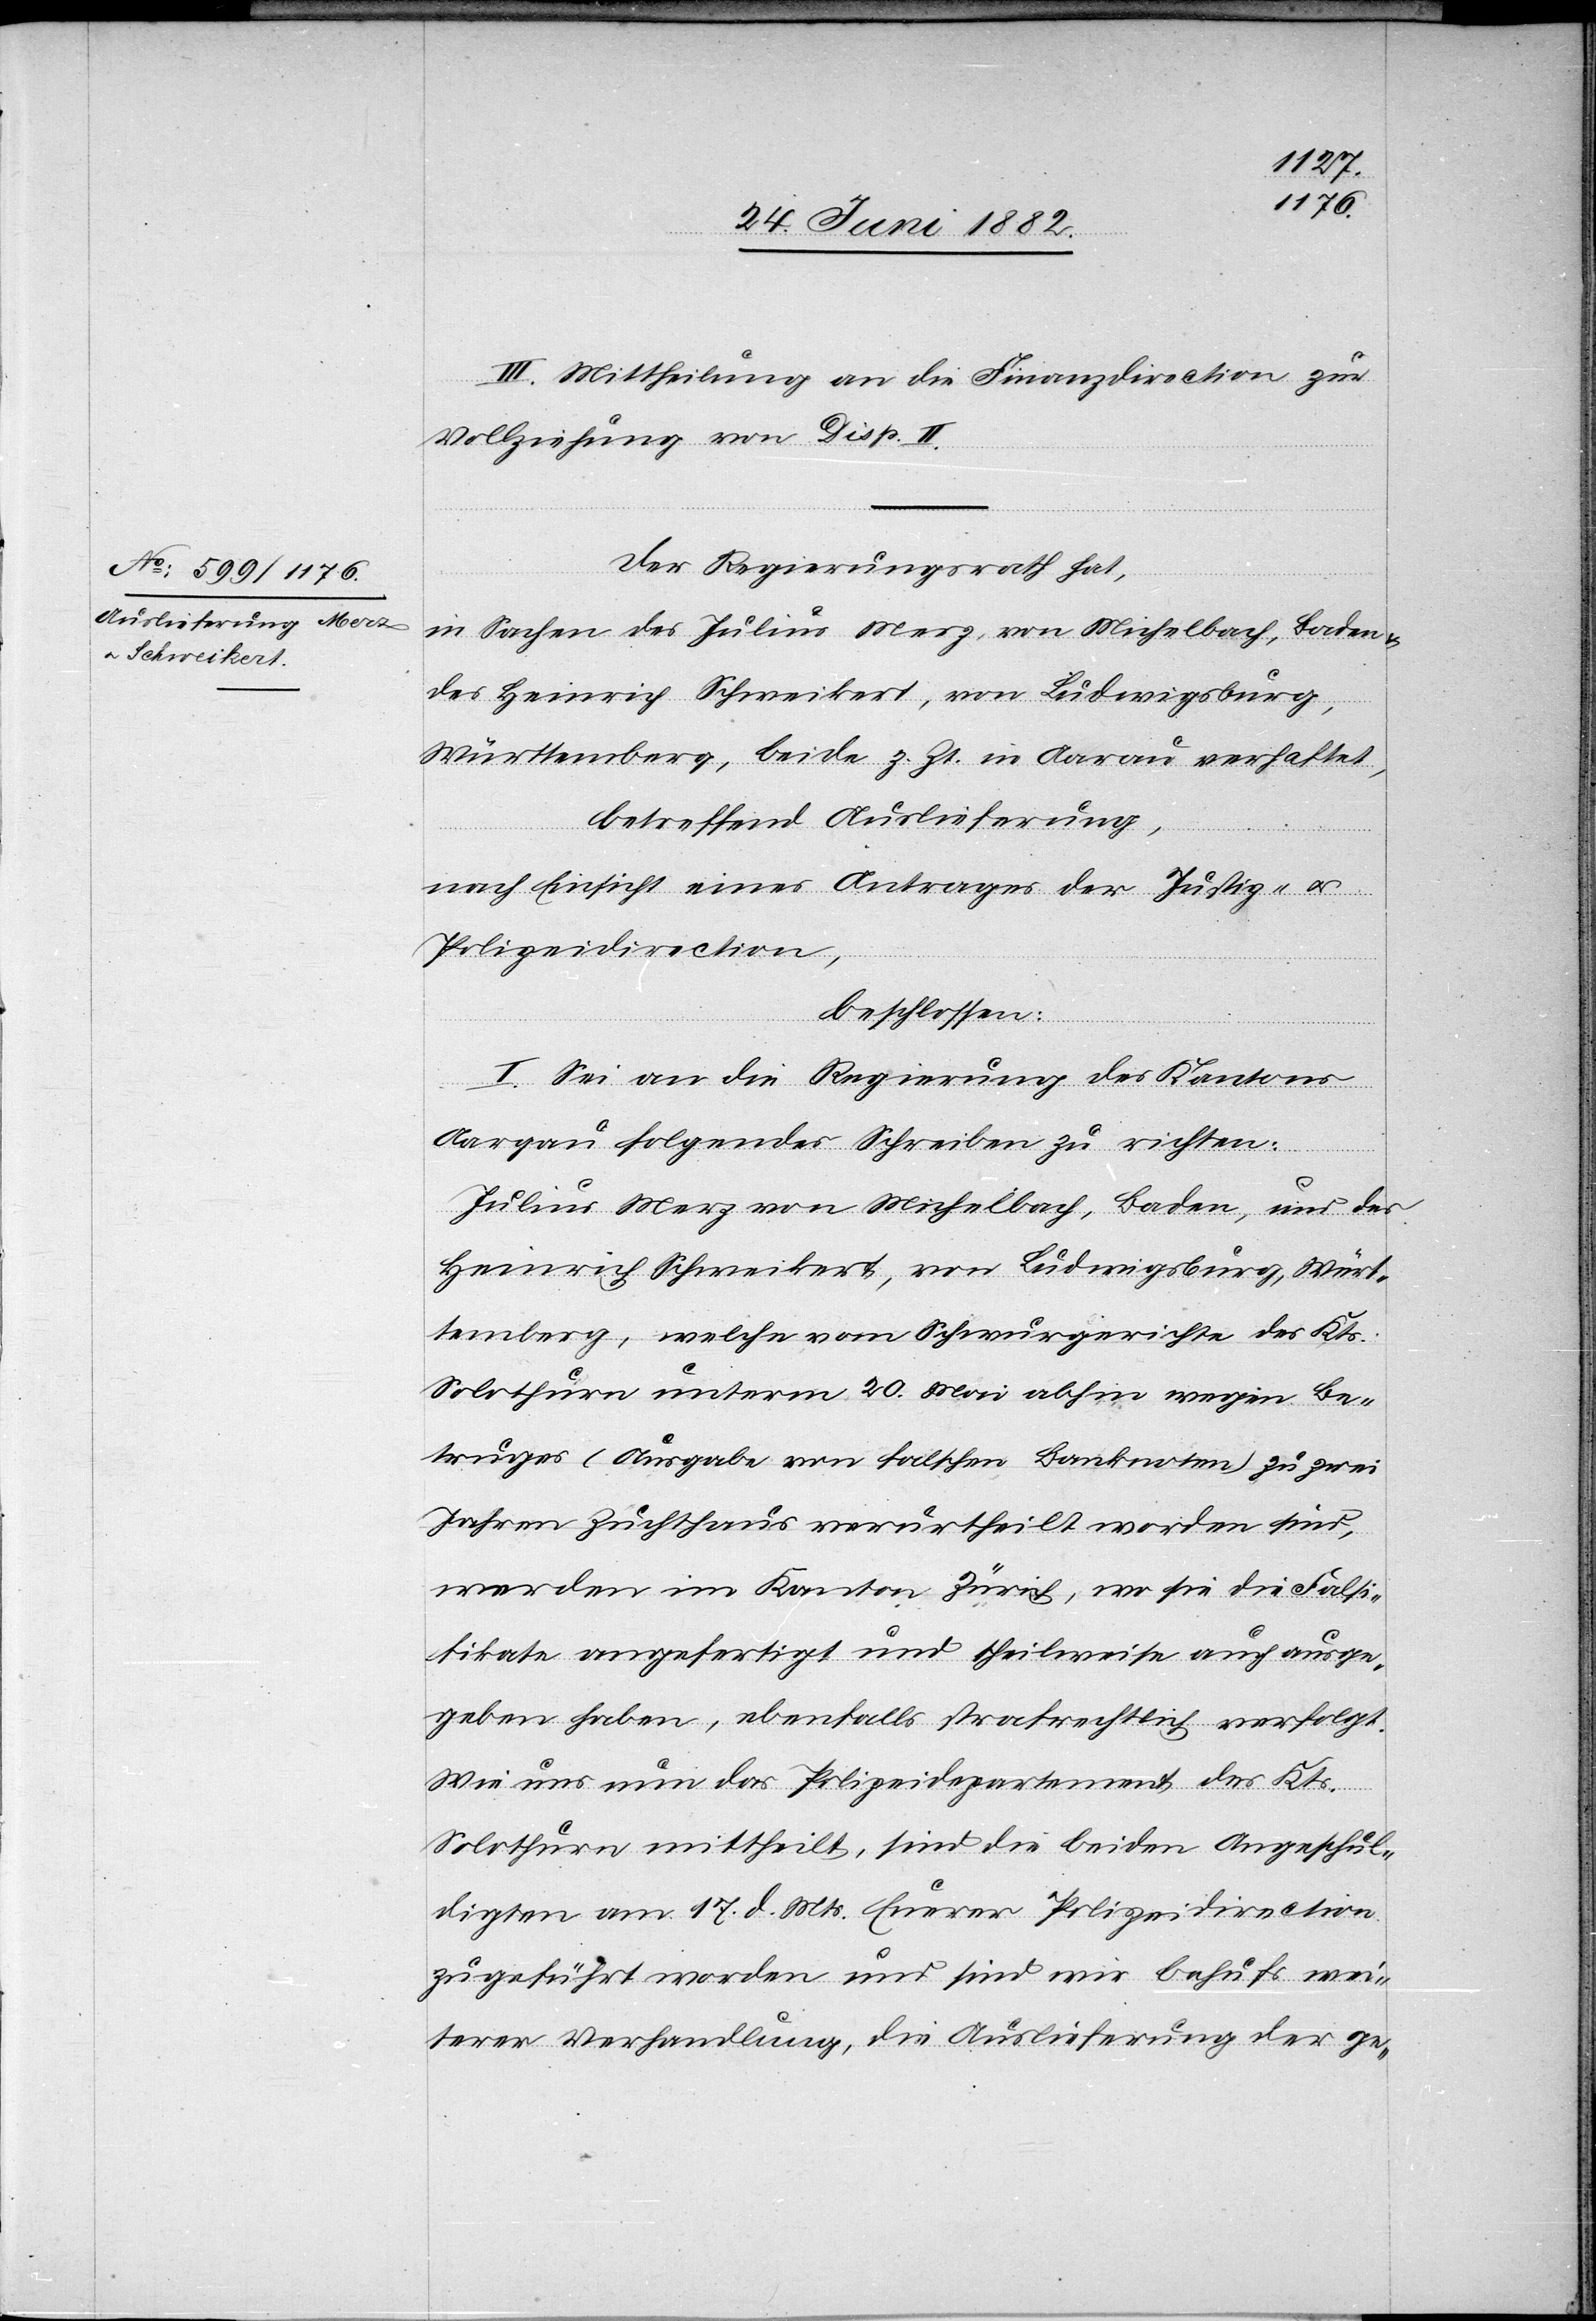
III. Mittheilung an die Finanzdirection zur
Vollziehung von Disp. II.
Der Regierungsrath hat,
in Sachen des Julius Merz, von Michelbach, Baden
des Heinrich Schweikert, von Ludwigsburg,
Württemberg, beide z. Zt. in Aarau verhaftet,
betreffend Auslieferung,
nach Einsicht eines Antrages der Justiz- u.
Polizeidirection,
beschlossen:
I. Sei an die Regierung des Kantons
Aargau folgendes Schreiben zu richten:
vom
des
Julius Merz von Michelbach, Baden, und des
Heinrich Schweikert, Württemberg, welc¬
Solothurn unterm 20. Mai abhin wegen Be¬
truges (Ausgabe von falschen Banknoten) zu zwei
Jahren Zuchthaus verurtheilt worden sind,
werden im Kanton Zürich, wo sie die Falsi¬
fikate angefertigt und theilweise auch ausge¬
geben haben, ebenfalls strafrechtlich verfolgt.
Wie uns nun das Polizeidepartement des Kts.
Solothurn mittheilt, sind die beiden Angeschul¬
digten am 17. d. Mts. Euerer Polizeidirection
zugeführt worden und sind wir behufs wei¬
terer Verhandlung, die Auslieferung der ge-